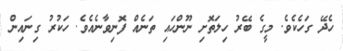
ހެދޭ ގަހެކެވެ. މީގެ ބޭރު ހިލަތޮށި ނޫންހައި ތަނެއް ފޮނިވާނެއެވެ. ހަކުރު ގިނައިން